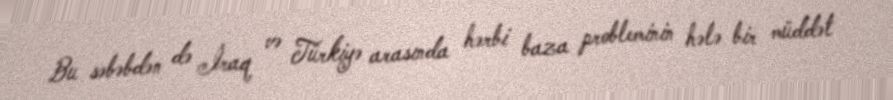
Bu səbəbdən də İraq və Türkiyə arasında hərbi baza probleminin hələ bir müddət